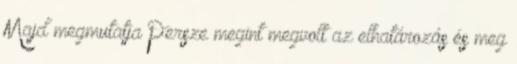
Majd megmutatja Persze megint megvolt az elhatározás és meg